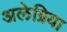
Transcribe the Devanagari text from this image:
अलेग्रिया